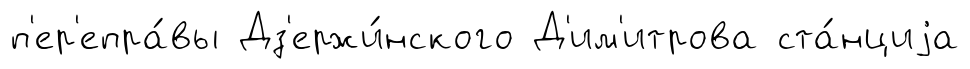
п'ер'епра́вы Дз'ержи́нского Д'им'итрова ста́нциjа